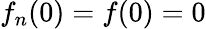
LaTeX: f_{n}(0)=f(0)=0